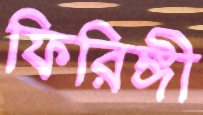
ফিরিঙ্গী